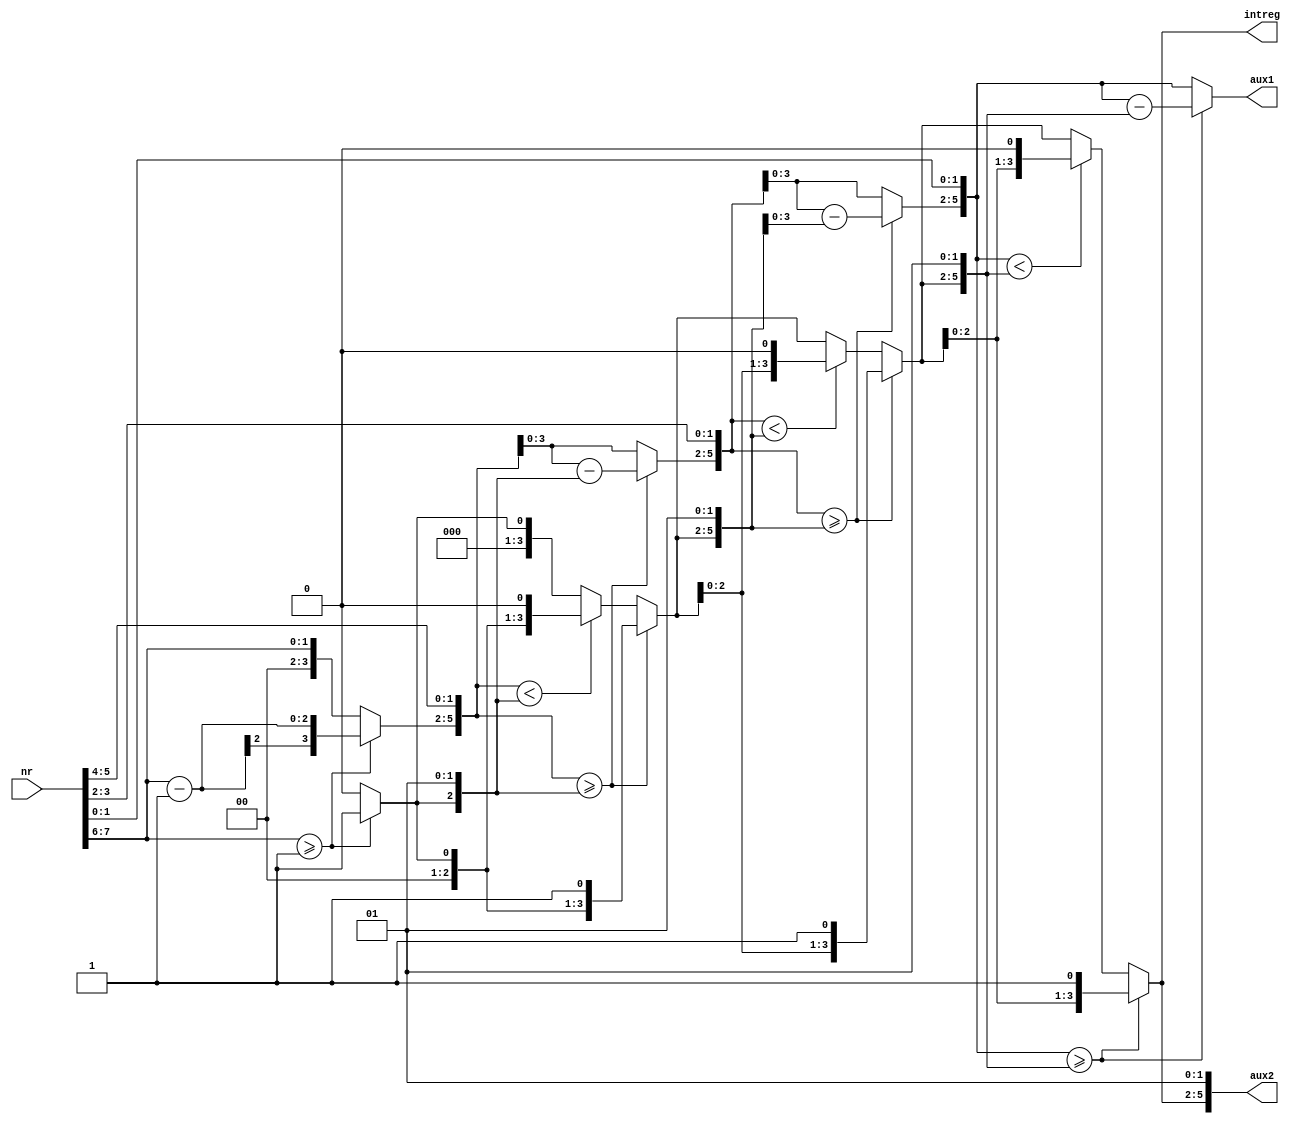
`timescale 1ns / 1ps
//////////////////////////////////////////////////////////////////////////////////
// Company: 
// Engineer: 
// 
// Design Name: 
// Module Name:    square_root 
// Project Name: 
// Target Devices: 
// Tool versions: 
// Description: 
//
// Dependencies: 
//
// Revision: 
// Revision 0.01 - File Created
// Additional Comments: 
//
//////////////////////////////////////////////////////////////////////////////////
module square_root_intreg( 
	output reg [3:0] intreg,
	output reg [5:0] aux1, 
	output reg [5:0] aux2,
	input [7:0] nr);
	
	wire [1:0] b;
	reg [2:0] i;
	reg [3:0] j;

	assign b = 2'b01;   
	
	always @(*) begin
		aux1 = 6'b0;
		aux2 = b;
		intreg = 4'b0; 
		j = 7;
		
		for (i = 0; i < 4; i = i + 1) begin 
			aux1 = aux1 << 2; //se shifteaza cu 2 pentru a putea adauga urmatorii 2 biti, 
									//si pentru a scoate zerourile de la inceput
			aux1 = {aux1[5:2],nr[j],nr[j-1]};  //se adauga perechi de biti din numar incepand cu poz 7
			if (aux1 >= aux2) begin  
				aux1 = aux1 - aux2;  
				intreg = intreg << 1;  
				intreg = {intreg[3:1],1'b1}; //daca aux1 >= aux2 => adaugam un 1 la rezultat
			end else if (aux1 < aux2) begin 
				intreg = intreg << 1; //daca nu se poate face diferenta => adaugam un 0(shiftam)
			end
			aux2 = {intreg, b}; 
			j = j - 2; // am folosit un j pentru ca am observat ca nu pot sa iau un for descrescator
		end
	end
endmodule

module square_root_zecimal( 
	output reg [15:0] s_r,	  
	input [7:0] nr);
	
	wire [3:0] intreg;		  
	wire [5:0] a1;
	wire [5:0] a2;
	
	square_root_intreg S1(intreg, a1, a2, nr); 
	
	wire [1:0] b;
	reg [13:0] aux1;
   reg [13:0] aux2;
	reg [11:0] zecimal; 
	reg [3:0] i;
	reg [4:0] j;
	
	assign b = 2'b01;
	
	always @(*) begin
		aux1 = a1;			  //initial aux1 = a1
		aux2 = a2;			  //aux2 = a2 
		zecimal = intreg;   //zecimal = intreg pentru a putea continua calculale de unde s-a oprit square_root_intreg
		j = 15;				  
		
		if (aux1 != 0) begin
			for (i = 0; i < 8; i = i + 1) begin 
				aux1 = aux1 << 2; //aux1 doar se shifteaza deoarece i sa adauga doar zerouri
				if (aux1 >= aux2) begin
					aux1 = aux1 - aux2;
					zecimal = zecimal << 1;
					zecimal = {zecimal[11:1],1'b1};
				end else if (aux1 < aux2) begin 
					zecimal = zecimal << 1;
				end
				aux2 = {zecimal, b};
				j = j - 2;
			end
			s_r = zecimal; //la final zecimal o sa aibe partea intreaga si cea zecimala
		end else begin
			s_r = intreg;  
			s_r = s_r << 8; //se shifteaza cu 8 pentru a ajunge pe pozitia partii intregi
		end
	end
endmodule
	
	
module square_root(
	output [15:0] out,
   input  [7:0] in);
	
	square_root_zecimal SR(out, in);
	
endmodule